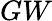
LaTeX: GW